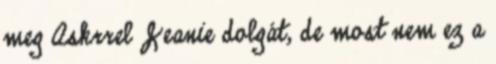
meg Askrrel Jeanie dolgát, de most nem ez a